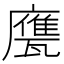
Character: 𢋩